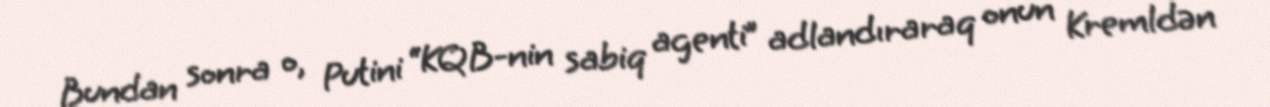
Bundan sonra o, Putini “KQB-nin sabiq agenti” adlandıraraq onun Kremldən